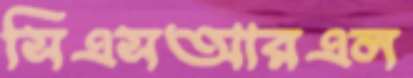
সিএসআরএল